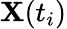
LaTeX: {\mathbf X}(t_{i})